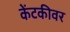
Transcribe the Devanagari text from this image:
केंटकीवर